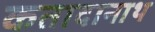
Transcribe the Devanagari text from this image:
कतादानाथ